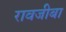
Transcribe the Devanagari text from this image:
रावजीबा